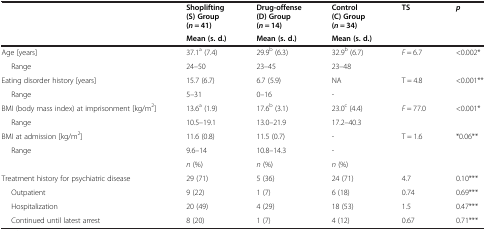
<table><thead><tr><td rowspan="2">[EMPTY_CELL]</td><td><b>Shoplifting (S) Group (<i>n</i> = 41)</b></td><td><b>Drug-offense (D) Group (<i>n</i> = 14)</b></td><td><b>Control (C) Group (<i>n</i> = 34)</b></td><td rowspan="2"><b>TS</b></td><td rowspan="2"><b><i>p</i></b></td></tr><tr><td><b>Mean (s. d.)</b></td><td><b>Mean (s. d.)</b></td><td><b>Mean (s. d.)</b></td></tr></thead><tbody><tr><td>Age [years]</td><td>37.1<sup>a</sup> (7.4)</td><td>29.9<sup>b</sup> (6.3)</td><td>32.9<sup>b</sup> (6.7)</td><td><i>F</i> = 6.7</td><td>&lt;0.002*</td></tr><tr><td>Range</td><td>24–50</td><td>23–45</td><td>23–48</td><td>[EMPTY_CELL]</td><td>[EMPTY_CELL]</td></tr><tr><td>Eating disorder history [years]</td><td>15.7 (6.7)</td><td>6.7 (5.9)</td><td>NA</td><td>T = 4.8</td><td>&lt;0.001**</td></tr><tr><td>Range</td><td>5–31</td><td>0–16</td><td>-</td><td>[EMPTY_CELL]</td><td>[EMPTY_CELL]</td></tr><tr><td>BMI (body mass index) at imprisonment [kg/m<sup>2</sup>]</td><td>13.6<sup>a</sup> (1.9)</td><td>17.6<sup>b</sup> (3.1)</td><td>23.0<sup>c</sup> (4.4)</td><td><i>F</i> = 77.0</td><td>&lt;0.001*</td></tr><tr><td>Range</td><td>10.5–19.1</td><td>13.0–21.9</td><td>17.2–40.3</td><td>[EMPTY_CELL]</td><td>[EMPTY_CELL]</td></tr><tr><td>BMI at admission [kg/m<sup>2</sup>]</td><td>11.6 (0.8)</td><td>11.5 (0.7)</td><td>-</td><td>T = 1.6</td><td>*0.06**</td></tr><tr><td>Range</td><td>9.6–14</td><td>10.8–14.3</td><td>-</td><td>[EMPTY_CELL]</td><td>[EMPTY_CELL]</td></tr><tr><td>[EMPTY_CELL]</td><td><i>n</i> (%)</td><td><i>n</i> (%)</td><td><i>n</i> (%)</td><td>[EMPTY_CELL]</td><td>[EMPTY_CELL]</td></tr><tr><td>Treatment history for psychiatric disease</td><td>29 (71)</td><td>5 (36)</td><td>24 (71)</td><td>4.7</td><td>0.10***</td></tr><tr><td>Outpatient</td><td>9 (22)</td><td>1 (7)</td><td>6 (18)</td><td>0.74</td><td>0.69***</td></tr><tr><td>Hospitalization</td><td>20 (49)</td><td>4 (29)</td><td>18 (53)</td><td>1.5</td><td>0.47***</td></tr><tr><td>Continued until latest arrest</td><td>8 (20)</td><td>1 (7)</td><td>4 (12)</td><td>0.67</td><td>0.71***</td></tr></tbody></table>